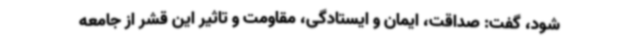
شود، گفت: صداقت، ایمان و ایستادگی، مقاومت و تاثیر این قشر از جامعه